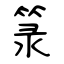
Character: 箓